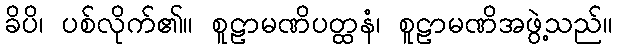
ခိပိ၊ ပစ်လိုက်၏။ စူဠာမဏိပတ္ထနံ၊ စူဠာမဏိအဖွဲ့သည်။